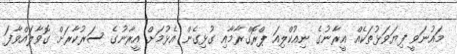
މައުނަވީ ފިޔަވަޅުތަކެއް އީރާނުގެ ނިއުކްލިއަ ޕްރޮގްރާމާއި ގުޅިގެން އެޅުމަށް އީރާނުގެ ސަރުކާރަށް ގޮވާލައްވާފަ